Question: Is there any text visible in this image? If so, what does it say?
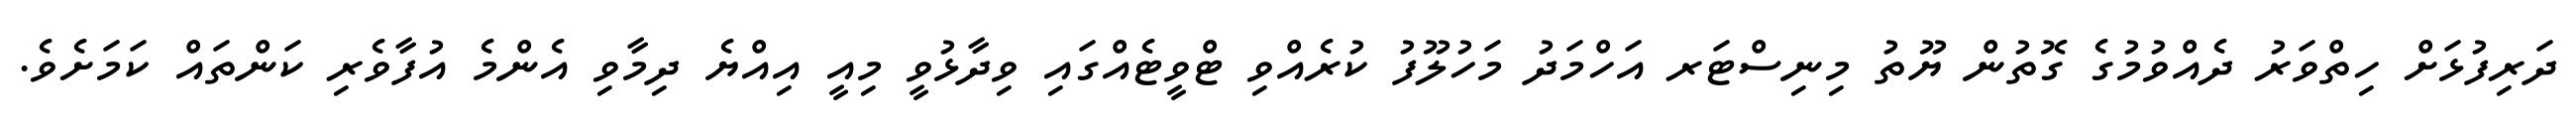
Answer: ދަރިފުޅަށް ހިތްވަރު ދެއްވުމުގެ ގޮތުން ޔޫތު މިނިސްޓަރ އަހްމަދު މަހުލޫފު ކުރެއްވި ޓްވީޓެއްގައި ވިދާޅުވީ މިއީ އިއްޔެ ދިމާވި އެންމެ އުފާވެރި ކަންތައް ކަމަށެވެ.